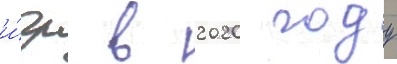
и́гр в 2020 году